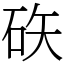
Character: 䂠